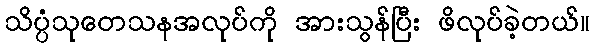
သိပ္ပံသုတေသနအလုပ်ကို အားသွန်ပြီး ဖိလုပ်ခဲ့တယ်။